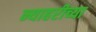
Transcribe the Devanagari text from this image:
न्याहरीच्या